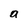
Character: a